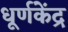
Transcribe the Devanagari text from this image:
धूर्णकेंद्र